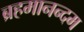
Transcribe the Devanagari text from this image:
ब्रहमानन्दम